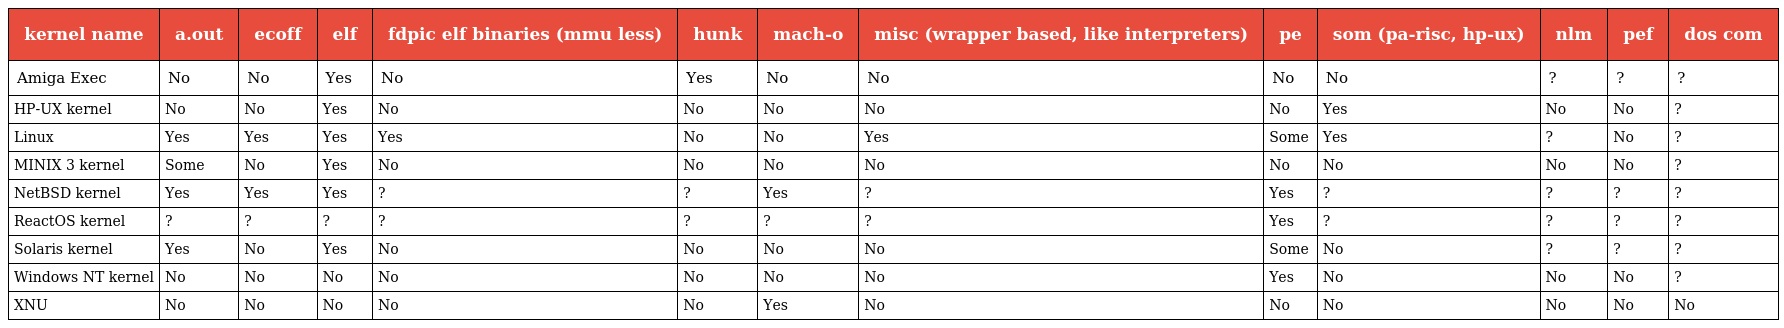
| kernel name | a.out | ecoff | elf | fdpic elf binaries (mmu less) | hunk | mach-o | misc (wrapper based, like interpreters) | pe | som (pa-risc, hp-ux) | nlm | pef | dos com |
 | --- | --- | --- | --- | --- | --- | --- | --- | --- | --- | --- | --- | --- |
 | Amiga Exec | No | No | Yes | No | Yes | No | No | No | No | ? | ? | ? |
 | HP-UX kernel | No | No | Yes | No | No | No | No | No | Yes | No | No | ? |
 | Linux | Yes | Yes | Yes | Yes | No | No | Yes | Some | Yes | ? | No | ? |
 | MINIX 3 kernel | Some | No | Yes | No | No | No | No | No | No | No | No | ? |
 | NetBSD kernel | Yes | Yes | Yes | ? | ? | Yes | ? | Yes | ? | ? | ? | ? |
 | ReactOS kernel | ? | ? | ? | ? | ? | ? | ? | Yes | ? | ? | ? | ? |
 | Solaris kernel | Yes | No | Yes | No | No | No | No | Some | No | ? | ? | ? |
 | Windows NT kernel | No | No | No | No | No | No | No | Yes | No | No | No | ? |
 | XNU | No | No | No | No | No | Yes | No | No | No | No | No | No |